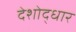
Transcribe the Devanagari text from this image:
देशोद्धार